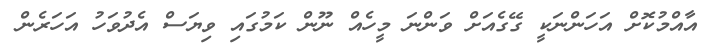
އާއްމުކޮށް އަހަންނަކީ ގޭގެއަށް ވަންނަ މީހެއް ނޫން ކަމުގައި ވިޔަސް އެދުވަހު އަހަރެން